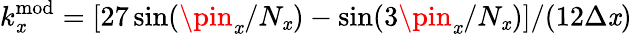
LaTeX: k_{\mathit{x}}^{\mathrm{{mod}}}=[27\sin(\pin_{\mathit{x}}/N_{\mathit{x}})-\sin(3\pin_{\mathit{x}}/N_{\mathit{x}})]/(12\Delta\mathit{x})